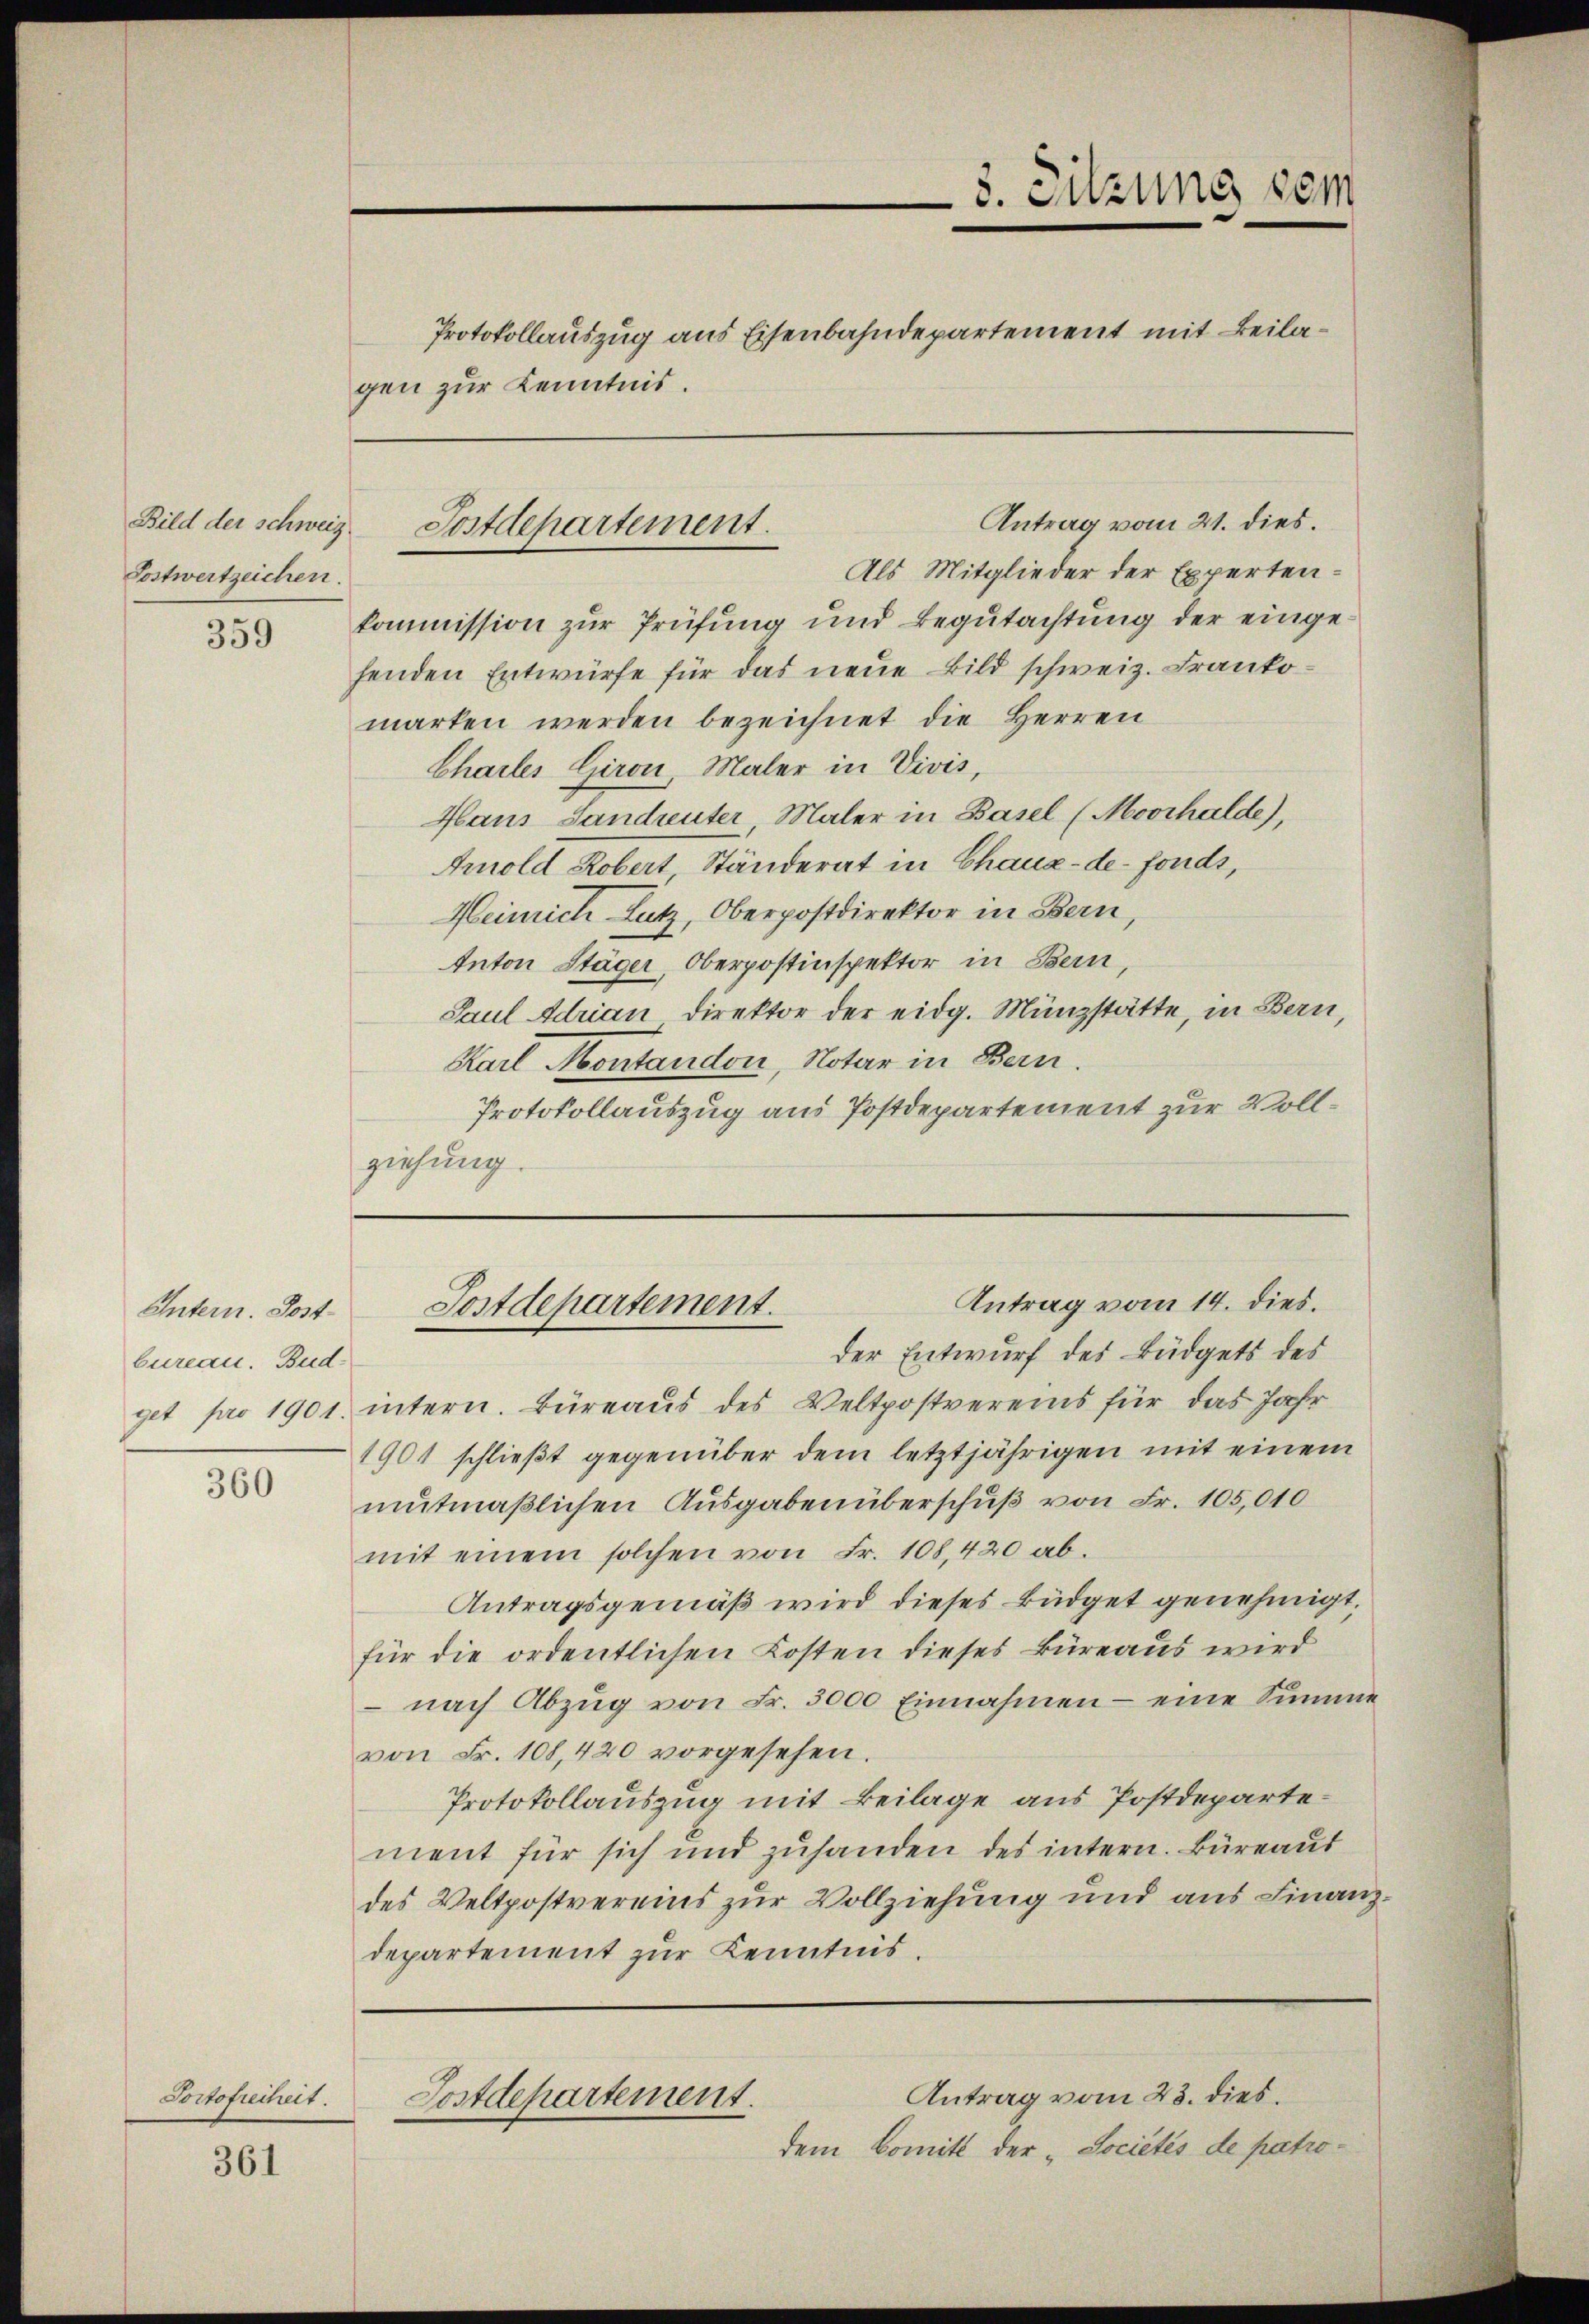
Postwertzeichen.

359

Intern. Postbureau. Bud¬

360

Portofreiheit.

361

gen zur Kenntnis.

Bild der schweiz. Postdepartement.

Als Mitglieder der Expertenkommission zur Prüfung und Begutachtung der eingehenden Entwürfe für das neue Bild schweiz. Frankomarken werden bezeichnet die Herren
Charles Giron, Maler in Vivis,
Haus Sandreuter Maler in Basel (Moorhalde),
Arnold Robert Ständerat in Chaux-de-Fonds,
Heinrich Lutz, Oberpostdirektor in Bern,
Anton Stäger, Oberpostinspektor in Bern,
Paul Adrian Direktor der eidg. Münzstätte, in Bern,
Karl Montandon, Notar in Bern.
Protokollauszug aus Postdepartement zur Vollziehung.

3. Sitzung dem
Protokollauszug aus Eisenbahndepartement mit Beila¬

Antrag vom 21. dies.

get pro 1901 intern. Büreaus des Veltpostvereins für das Jahr
1901 schließt gegenüber dem letztjährigen mit einem
mutmaßlichen Ausgaben überschuß von Fr. 105,010
mit einem solchen von Fr. 108,420 ab.
Antragsgemäß wird dieses Büdget genehmigt,
für die ordentlichen Kosten dieses Büreaus wird
 nach Abzŭg von Fr. 3000 Einnahmen - eine Summe
von Fr. 108, 420 vorgesehen.
Protokollauszug mit Beilage aus Postdepartement für sich und zuhanden des intern. Büreaus
des Veltpostvereins zur Vollziehung und aus Finanzdepartement zur Kenntnis.

Antrag vom 14. dies.
Postdepartement.
der Entwurf des Büdgets des

Antrag vom 23. dies.
Postdepartement.

dem Comit der „Sociétés de patro¬